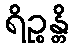
ရိဉ္စန္တိ